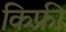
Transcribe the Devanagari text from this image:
किफ़्री